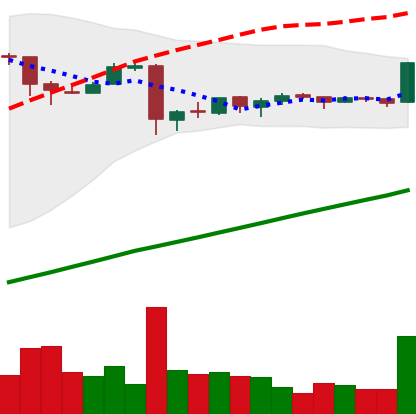
Ticker: BTC-USD
Chart end date: 2016-01-07
Forward return: -4.881%
Label: down_3_5